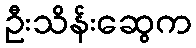
ဦးသိန်းဆွေက